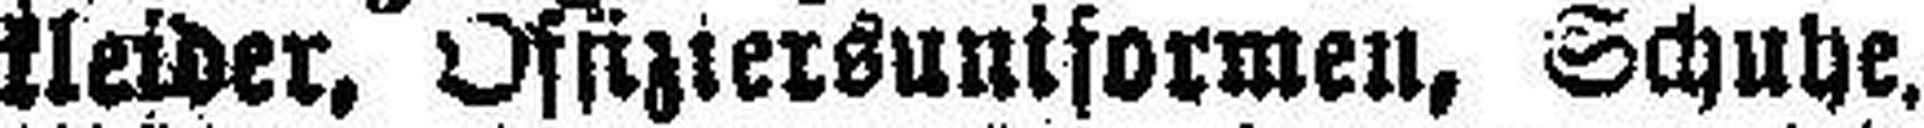
kleider, Offiziersuniformen, Schuhe.